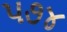
૫૭૪